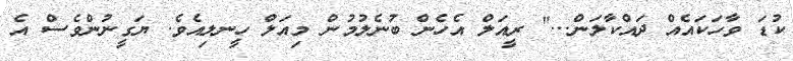
ކުޑަ ވާހަކައެއް ދައްކާލަން..." ރީއަލް އެހެން ބުނެލުމުން މިއަލް ހީނލިއެވެ. ޔަގީނުންވެސް އެ